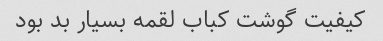
کیفیت گوشت کباب لقمه بسیار بد بود